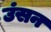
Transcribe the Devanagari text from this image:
उंसन